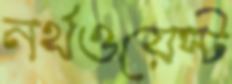
নর্থওয়েস্ট